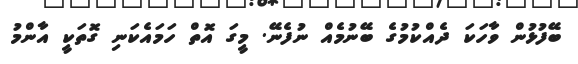
ބޭފުޅުން ވާހަކަ ދެއްކުމުގެ ބޭނުމެއް ނުފެނޭ. މީގަ އޮތް ހަމައެކަނި ގޮތަކީ އާންމު